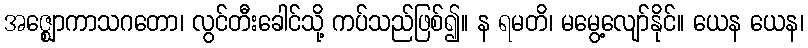
အဇ္ဈောကာသဂတော၊ လွင်တီးခေါင်သို့ ကပ်သည်ဖြစ်၍။ န ရမတိ၊ မမွေ့လျော်နိုင်။ ယေန ယေန၊